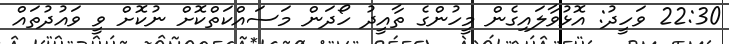
22:30 ވަހީދު: އޮޅުވާލައިގެން މީހުންގެ ތާއީދު ހޯދަން މަސައްކަތްކޮށް ނުކޮށް ވީ ވައުދުތައް